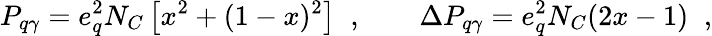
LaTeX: P_{q\gamma}=e_{q}^{2}N_{C}\left[x^{2}+(1-x)^{2}\right]\; \; ,\qquad\Delta P_{q\gamma}=e_{q}^{2}N_{C}(2x-1)\; \; ,